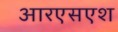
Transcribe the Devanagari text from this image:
आरएसएश